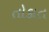
તોકાત